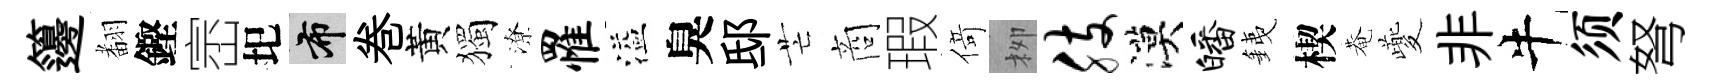
籩𮋒鏗崈圯布巻黃獨潦罹溢臭邸芒商瑕𠋣栁肢漠皤銕楔菴夔非牛须弩